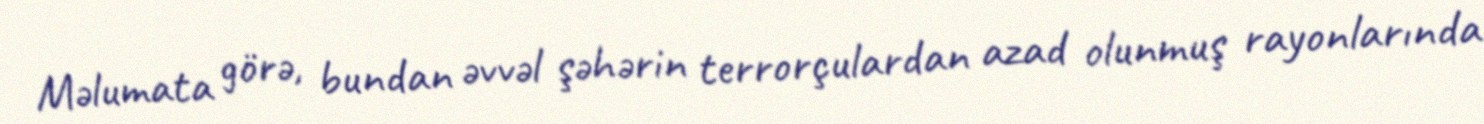
Məlumata görə, bundan əvvəl şəhərin terrorçulardan azad olunmuş rayonlarında